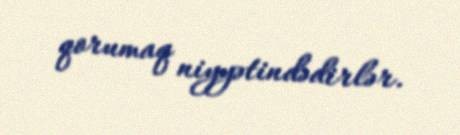
qorumaq niyyətindədirlər.